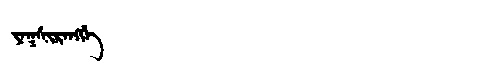
Manchu: ᠶᠠᡴᠰᡳᡵᠠᠩᡤᡝ
Romanization: YAKSIRANGGE